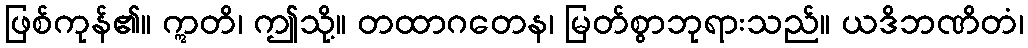
ဖြစ်ကုန်၏။ ဣတိ၊ ဤသို့။ တထာဂတေန၊ မြတ်စွာဘုရားသည်။ ယဒိဘဏိတံ၊